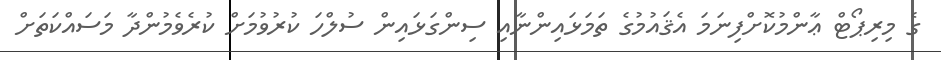
ގެ މިރިޕޯޓް ޢާންމުކޮށްފިނަމަ އެޤައުމުގެ ތަމަޅައިންނާއި ސިންގަޅައިން ސުލްހަ ކުރުވުމަށް ކުރެވެމުންދާ މަސައްކަތަށް